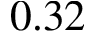
0 . 3 2